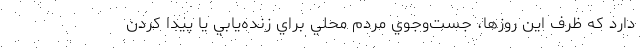
دارد كه ظرف اين روزها، جست‌وجوي مردم محلي براي زنده‌يابي يا پيدا كردن